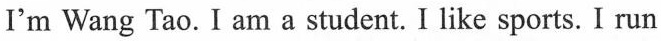
I'm Wang Tao. I am a student. I like sports. I run